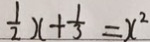
\frac { 1 } { 2 } x + \frac { 1 } { 3 } = x ^ { 2 }